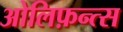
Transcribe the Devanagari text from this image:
ओलिफ़न्त्स